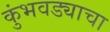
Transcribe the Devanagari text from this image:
कुंभवड्याचा